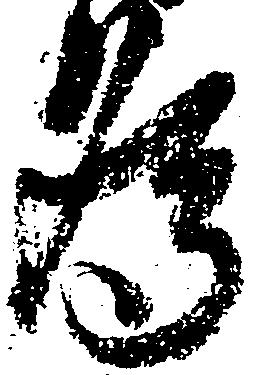
為